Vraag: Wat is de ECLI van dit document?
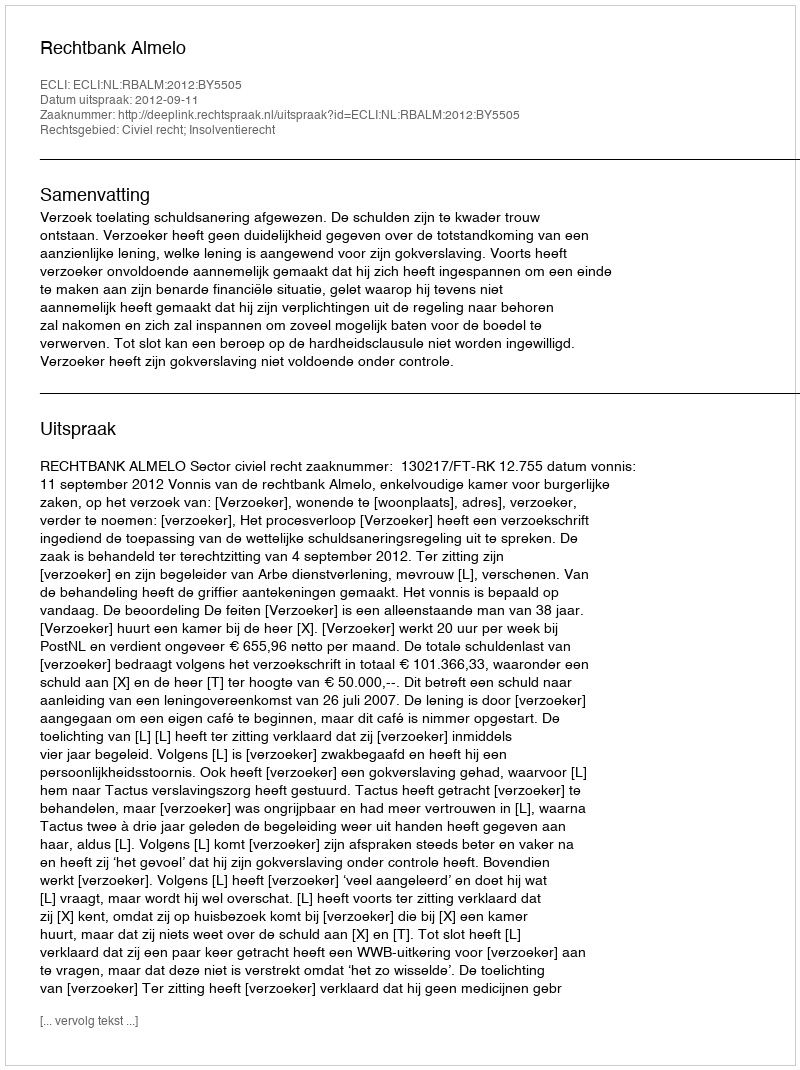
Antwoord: ECLI:NL:RBALM:2012:BY5505